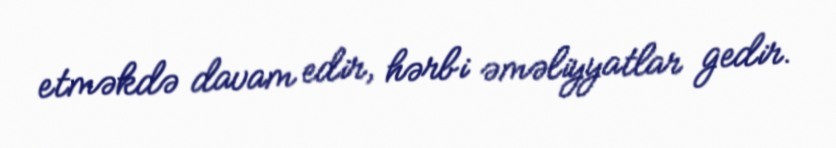
etməkdə davam edir, hərbi əməliyyatlar gedir.